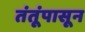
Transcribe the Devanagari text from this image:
तंतूंपासून